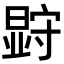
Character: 𭧗